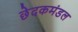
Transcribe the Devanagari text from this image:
छेदकमंडल